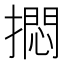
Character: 𪮰